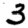
Digit: 3